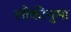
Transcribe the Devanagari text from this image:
लौकीनुमा